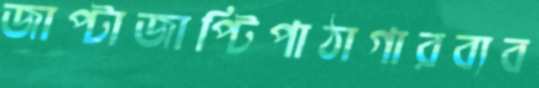
জাপ্টাজাপ্টিপাঠাগারব্যব